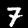
Digit: 7